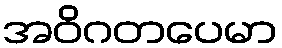
အဝိဂတပေမာ